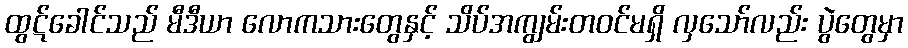
ထွဋ်ခေါင်သည် မီဒီယာ လောကသားတွေနှင့် သိပ်အကျွမ်းတဝင်မရှိ လှသော်လည်း ပွဲတွေမှာ